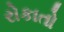
રોકાતો